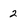
Character: 2